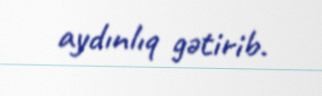
aydınlıq gətirib.